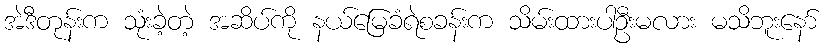
အဲဒီတုန်းက သုံးခဲ့တဲ့ အဆိပ်ကို နယ်မြေခံရဲစခန်းက သိမ်းထားပါဦးမလား မသိဘူးနော်